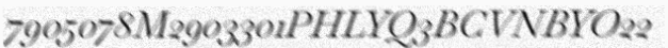
7905078M2903301PHLYQ3BCVNBYO22